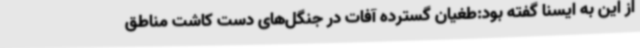
از این به ایسنا گفته بود:طغیان گسترده آفات در جنگل‌های دست کاشت مناطق